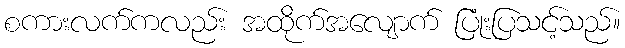
စကားလက်ကလည်း အထိုက်အလျောက် ပြုံးပြသင့်သည်။